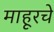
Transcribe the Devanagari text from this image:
माहूरचे